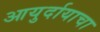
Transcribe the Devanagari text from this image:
आयुर्दायाचा